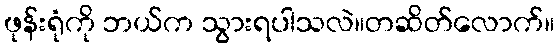
ဖုန်းရုံကို ဘယ်က သွားရပါသလဲ။တဆိတ်လောက်။